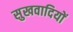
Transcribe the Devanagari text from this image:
सुखवादियों